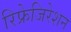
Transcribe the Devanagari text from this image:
रिफ्रेजिरेशन